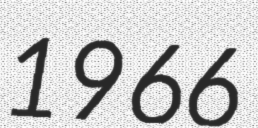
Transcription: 1966